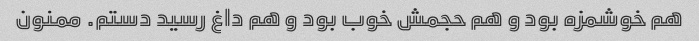
هم خوشمزه بود و هم حجمش خوب بود و هم داغ رسید دستم. ممنون